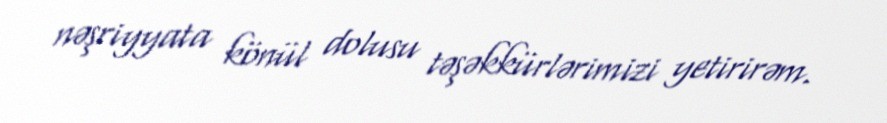
nəşriyyata könül dolusu təşəkkürlərimizi yetirirəm.